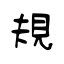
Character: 規